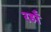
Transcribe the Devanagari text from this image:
रहाँ